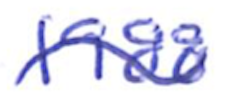
Text: 1988
Cross-out: wave
Writing tool: ballpoint